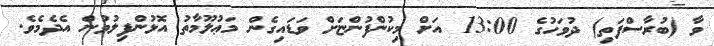
ވާ (ބުރާސްފަތި) ދުވަހުގެ 13:00 އަށް މިކުންފުންޏަށް ވަޑައިގެން މަޢުލޫމާތު އޮޅުންފިލުވުން އެދެމެވެ.